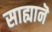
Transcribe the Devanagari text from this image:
साह्यानॆ